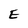
Character: E